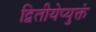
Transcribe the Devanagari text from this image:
द्वितीयेप्युक्तं